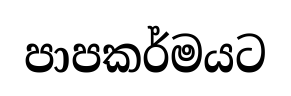
පාපකර්මයට